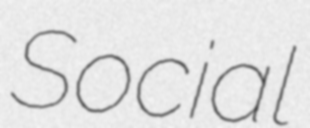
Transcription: Social